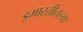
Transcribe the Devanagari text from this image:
इमारतीतल्या